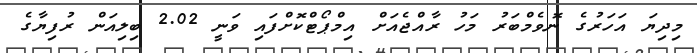
މިދިޔަ އަހަރުގެ ނޮވެމްބަރު މަހު ރާއްޖެއަށް އިމްޕޯޓްކޮށްފައި ވަނީ 2.02 ބިލިއަން ރުފިޔާގެ